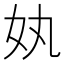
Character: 𡚺